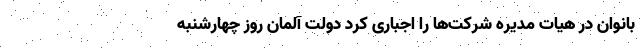
بانوان در هیات مدیره شرکت‌ها را اجباری کرد دولت آلمان روز چهارشنبه